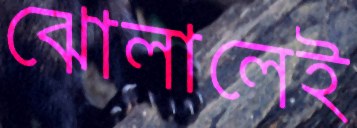
ঝোলালেই